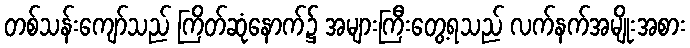
တစ်သန်းကျော်သည် ကြိတ်ဆုံနောက်၌ အများကြီးတွေ့ရသည် လက်နက်အမျိုးအစား